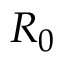
R _ { 0 }